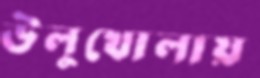
উলুখোলায়